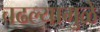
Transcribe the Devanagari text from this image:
चढल्यामुळे